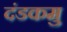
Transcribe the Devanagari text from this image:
दंडकमु